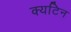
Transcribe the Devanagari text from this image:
क्यटिन